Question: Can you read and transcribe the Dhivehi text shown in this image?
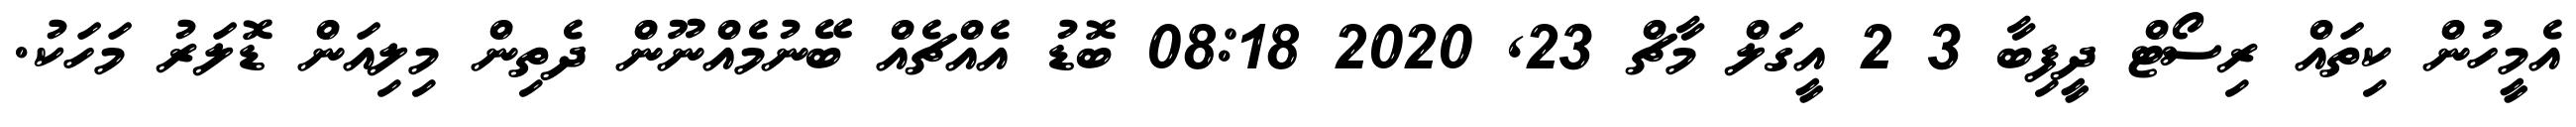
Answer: އެމީހުން ކިތައް ރިސޯޓް ދީފިބާ 3 2 އީގަލް މާޗް 23, 2020 08:18 ބޮޑު އެއްޗެއް ބޭނުމެއްނޫން ދެތިން މިލިއަން ޑޮލަރު މަހަކު.